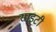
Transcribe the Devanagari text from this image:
साइटी